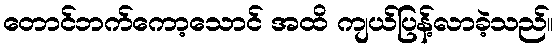
တောင်ဘက်ကော့သောင် အထိ ကျယ်ပြန့်လာခဲ့သည်။